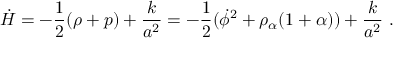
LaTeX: \dot { H } = - { \frac { 1 } { 2 } } ( \rho + p ) + { \frac { k } { a ^ { 2 } } } = - { \frac { 1 } { 2 } } ( \dot { \phi } ^ { 2 } + \rho _ { \alpha } ( 1 + \alpha ) ) + { \frac { k } { a ^ { 2 } } } \ .